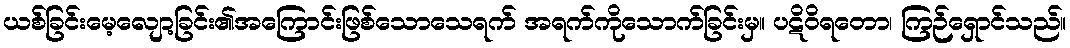
ယစ်ခြင်းမေ့လျော့ခြင်း၏အကြောင်းဖြစ်သောသေရက် အရက်ကိုသောက်ခြင်းမှ။ ပဋိဝိရတော၊ ကြဉ်ရှောင်သည်။